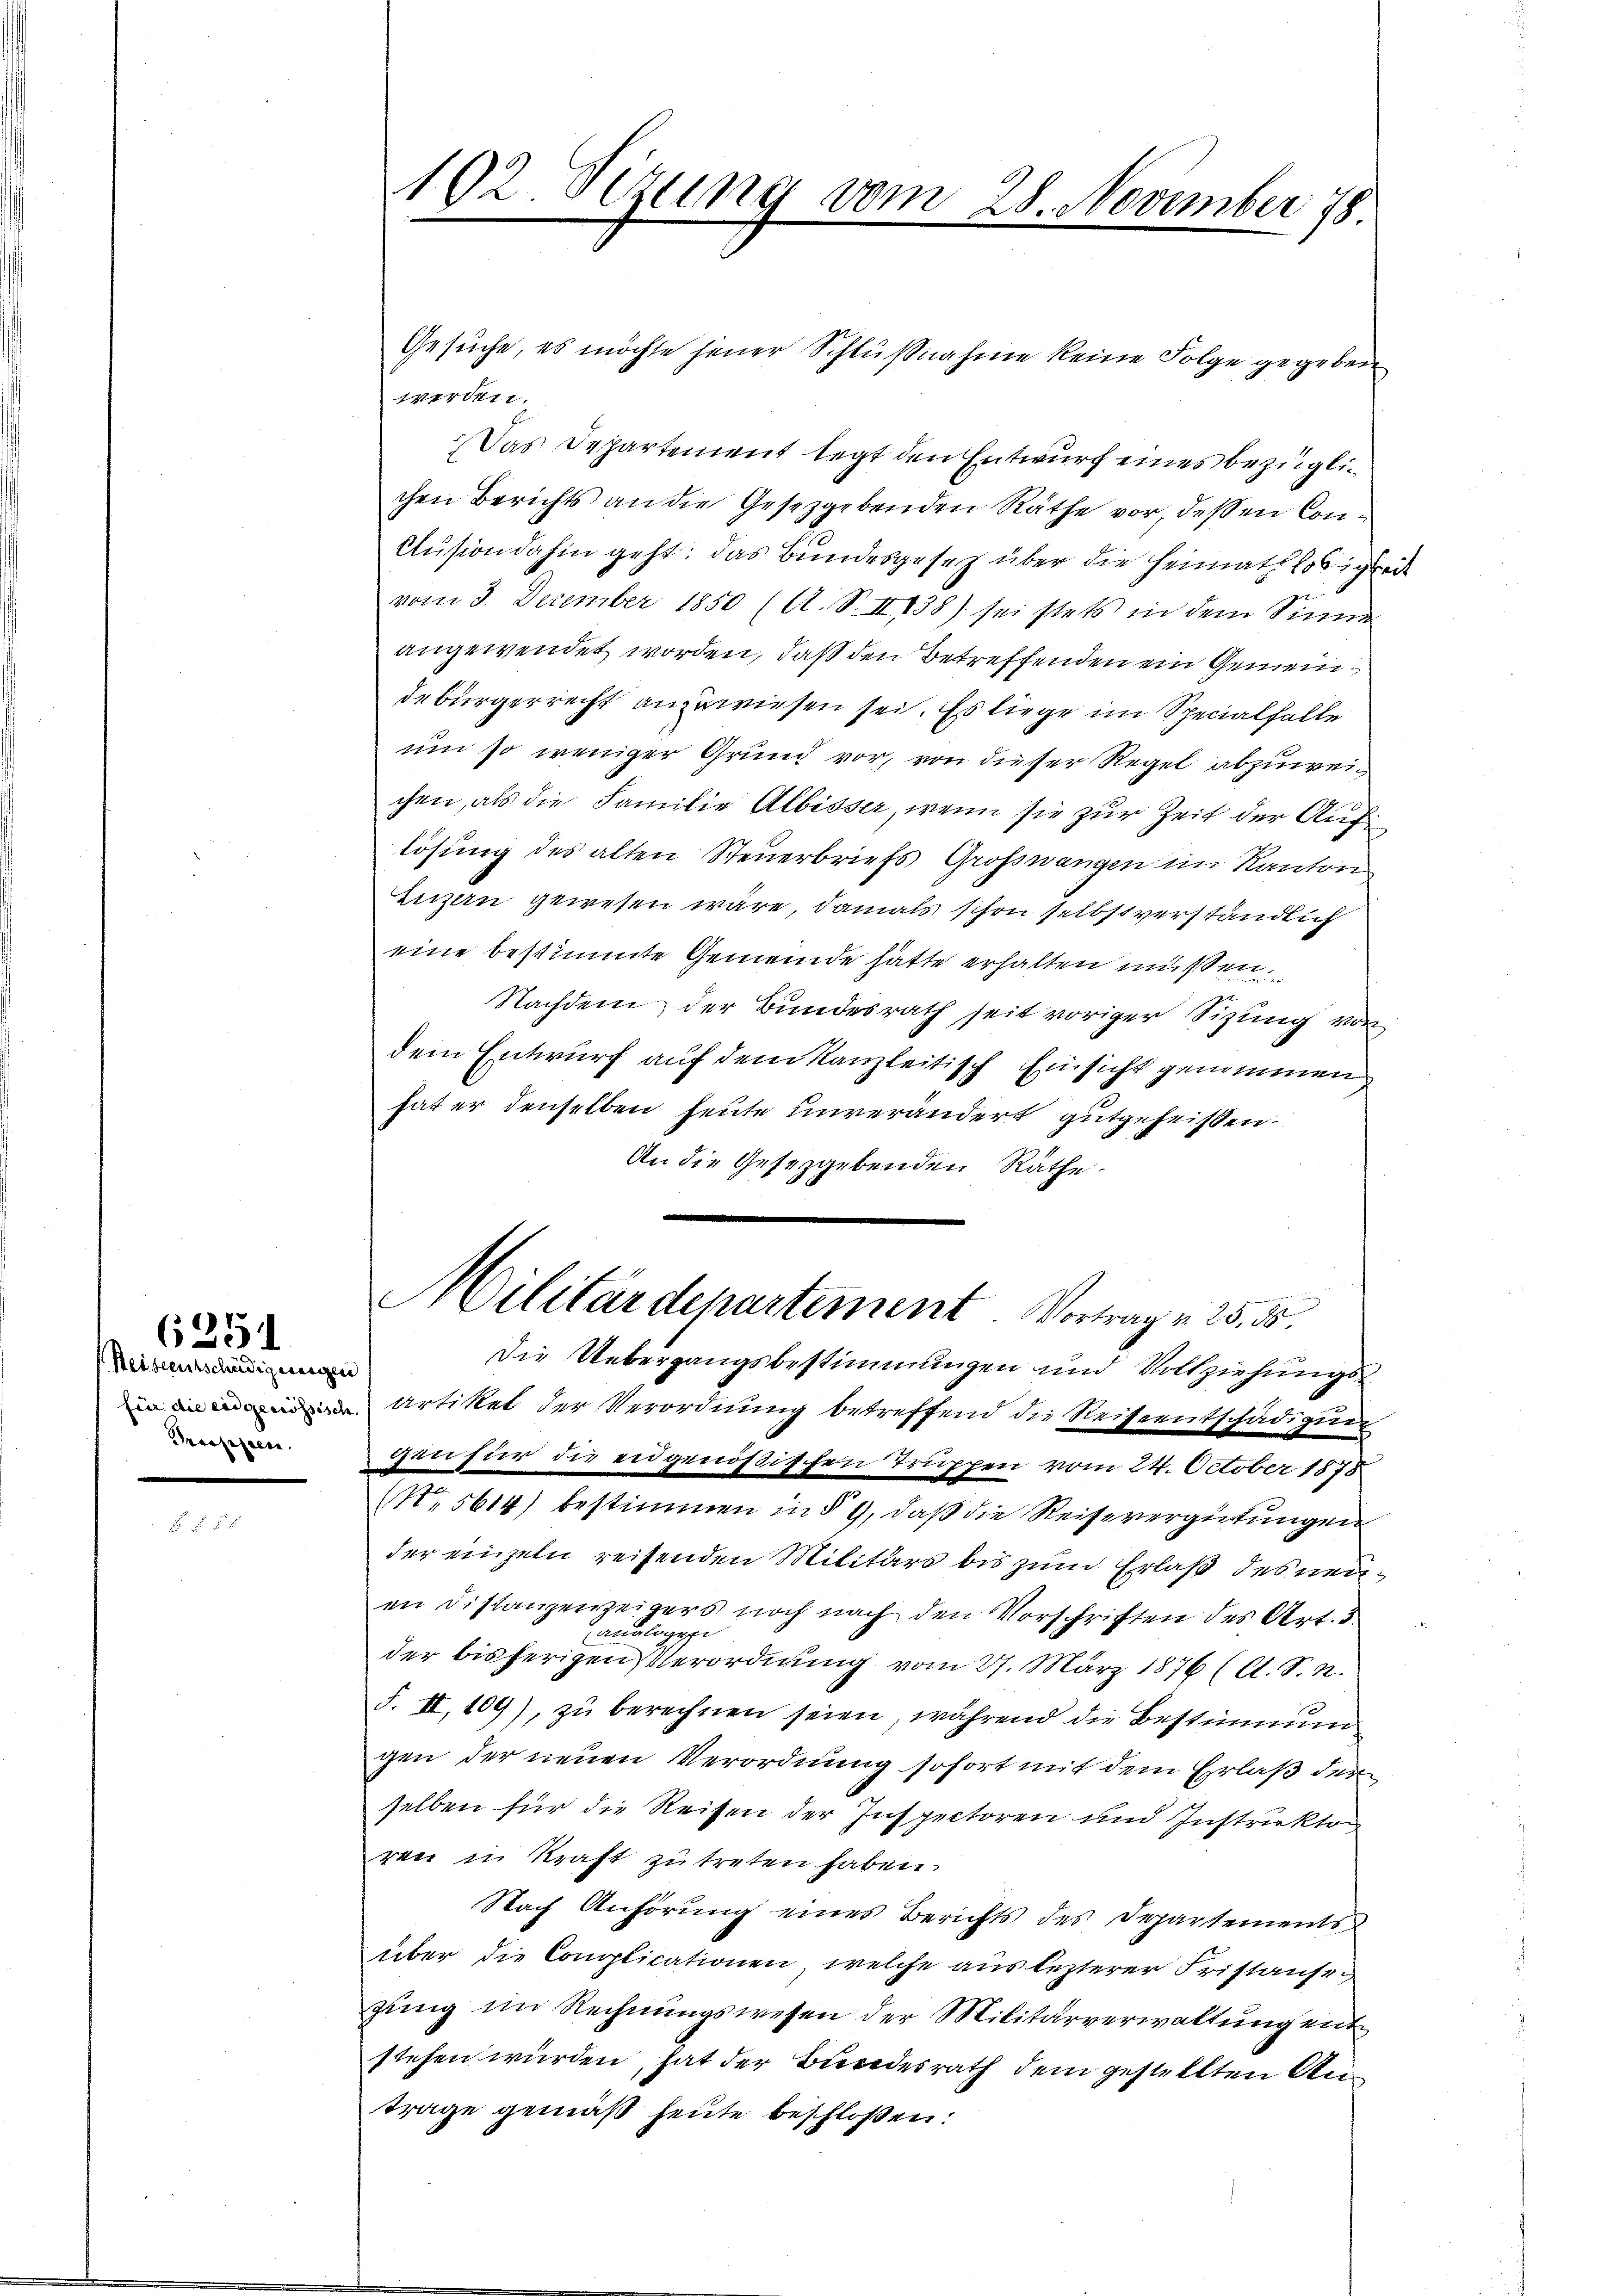
Reiseentschädigungen
Praeppen.

6251

102. Sezung vom 28. November 78.

Gesuche, es möchte jener Schlußnahme keine Folge gegeben
werden.
Das Departement legt den Entwurf eines bezüglic
chen Berichts an die Gesetzgebenden Räthe vor, dessen Con¬
Cusion dahin geht: das Bundesgesetz über die Heimatlosigkeit
vom 3. December 1850 (A. S. II 138) sei stets in dem Sinne
angewendet worden, daß den Betreffenden ein Gemeindebürgerrecht anzuwiesen sei. Es liege im Specialfalle
um so weniger Grund vor, von dieser Regel abzuweichen, als die Familie Albisser, wenn sie zur Zeit der Auflösung des alten Steuerbriefs Großwangen im Kanton
Luzern gewesen wäre, damals schon selbstverständlich
eine bestimmte Gemeinde hätte erhalten müßen.
Nachdem der Bundesrath seit voriger Sizung von
dem Entwurf auf dem Kanzleitisch Einsicht genommen
hat er denselben heute unverändert gutgeheißen.
An die Gesetzgebenden Räthe.
Militärdepartement. Vortrag v. 25. 55.
Die Uebergangsbestimmungen und Vollziehungs
Artiket der Verordnung betreffend die Reiseentschädigun
gen für die eidgenößischen Truppen vom 24. October 1878
(No. 5614) bestimmen in § 9, daß die Reisevergütungen
der einzeln reifenden Militärs bis zum Erlaß des neuen Distanzenzeigers noch nach den Vorschriften des Art. 3.
 analogie
der bisherigen Verordnung vom 27. März 1876 (A. S. R.
F. II, 109), zu berechnen seien, während die Bestimmun
gen der neuen Verordnung sofort mit dem Erlaß der
selben für die Reisen der Inspectoren und Instrukto
ren in Kraft zu treten haben.
Nach Anhörung eines Berichts des Departements
über die Conpplicationen, welche aus lezterer Fristause
gung im Rechnungswesen der Militärverwaltung entstehen würden, hat der Bundesrath dem gestellten Anträge gemäß heute beschloßen: